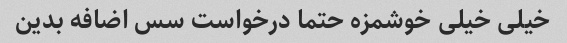
خیلی خیلی خوشمزه حتما درخواست سس اضافه بدین